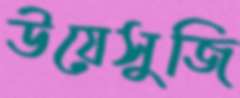
উয়েসুজি